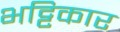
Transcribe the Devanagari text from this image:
भट्टिकार